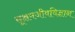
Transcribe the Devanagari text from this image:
सूक्षमजीवविज्ञान